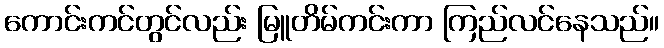
ကောင်းကင်တွင်လည်း မြူတိမ်ကင်းကာ ကြည်လင်နေသည်။